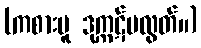
(ကစားမူ ဒုက္ကဋ်မလွတ်။)